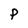
Character: P